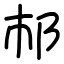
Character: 𨙶